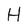
Character: H